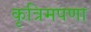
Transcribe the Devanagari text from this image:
कृत्रिमपणा